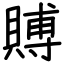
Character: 賻